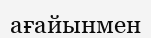
ағайынмен